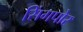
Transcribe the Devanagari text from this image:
सिंगपोर